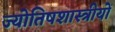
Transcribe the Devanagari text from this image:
ज्योतिषशास्त्रीयों